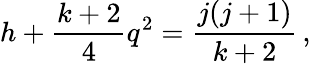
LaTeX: h+\frac{k+2}{4}q^{2}=\frac{j(j+1)}{k+2}\, ,